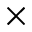
\times